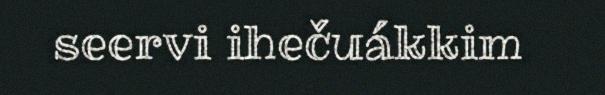
seervi ihečuákkim